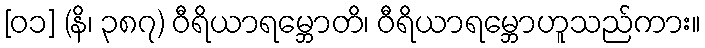
[၀၁] (နိ၊ ၃၈၇) ဝီရိယာရမ္ဘောတိ၊ ဝီရိယာရမ္ဘောဟူသည်ကား။